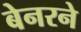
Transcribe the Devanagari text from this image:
बेनरने